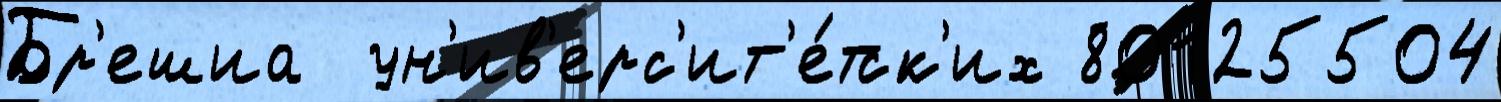
Бр'ешиа  ун'ив'ерс'ит'е́тск'их 80125504